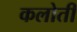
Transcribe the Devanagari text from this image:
कलोती